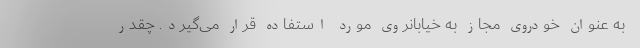
به عنوان خودروی مجاز به خیابانروی مورد استفاده قرار می‌گیرد. چقدر